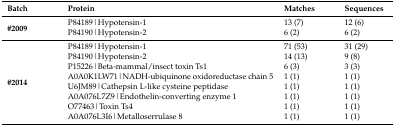
<table><thead><tr><td><b>Batch</b></td><td><b>Protein</b></td><td><b>Matches</b></td><td><b>Sequences</b></td></tr></thead><tbody><tr><td rowspan="2"><b>#2009</b></td><td>P84189|Hypotensin-1</td><td>13 (7)</td><td>12 (6)</td></tr><tr><td>P84190|Hypotensin-2</td><td>6 (2)</td><td>6 (2)</td></tr><tr><td rowspan="8"><b>#2014</b></td><td>P84189|Hypotensin-1</td><td>71 (53)</td><td>31 (29)</td></tr><tr><td>P84190|Hypotensin-2</td><td>14 (13)</td><td>9 (8)</td></tr><tr><td>P15226|Beta-mammal/insect toxin Ts1</td><td>6 (3)</td><td>3 (3)</td></tr><tr><td>A0A0K1LW71|NADH-ubiquinone oxidoreductase chain 5</td><td>1 (1)</td><td>1 (1)</td></tr><tr><td>U6JM89|Cathepsin L-like cysteine peptidase</td><td>1 (1)</td><td>1 (1)</td></tr><tr><td>A0A076L7Z9|Endothelin-converting enzyme 1</td><td>1 (1)</td><td>1 (1)</td></tr><tr><td>O77463|Toxin Ts4</td><td>1 (1)</td><td>1 (1)</td></tr><tr><td>A0A076L3I6|Metalloserrulase 8</td><td>1 (1)</td><td>1 (1)</td></tr></tbody></table>